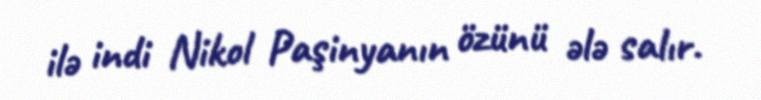
ilə indi Nikol Paşinyanın özünü ələ salır.